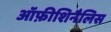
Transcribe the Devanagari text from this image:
ऑफ़ीशिनैलिस